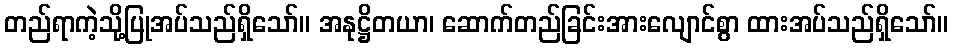
တည်ရာကဲ့သို့ပြုအပ်သည်ရှိသော်။ အနုဋ္ဌိတယာ၊ ဆောက်တည်ခြင်းအားလျောင်စွာ ထားအပ်သည်ရှိသော်။